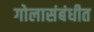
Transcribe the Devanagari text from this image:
गोलासंबंधीत